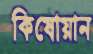
কিষোয়ান